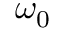
\omega _ { 0 }